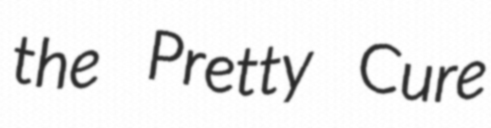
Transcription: the Pretty Cure